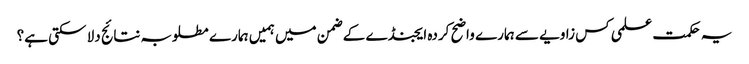
یہ حکمت علمی کس زاویے سے ہمارے واضح کردہ ایجنڈے کے ضمن میں ہمیں ہمارے مطلوبہ نتائج دلا سکتی ہے؟